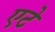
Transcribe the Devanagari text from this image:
एटे